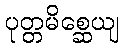
ပုတ္တမိစ္ဆေယျ